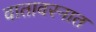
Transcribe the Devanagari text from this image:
वातावरनात